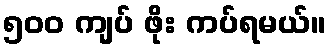
၅၀၀ ကျပ် ဖိုး ကပ်ရမယ်။